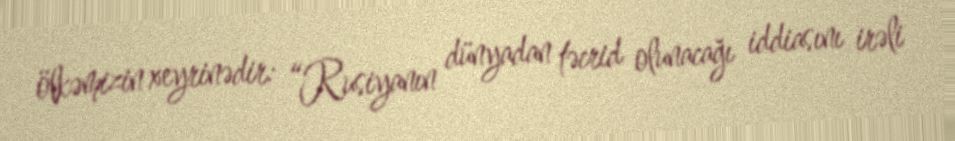
ölkəmizin xeyrinədir: “Rusiyanın dünyadan təcrid olunacağı iddiasını irəli